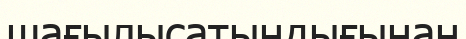
шағылысатындығынан